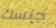
جنسك